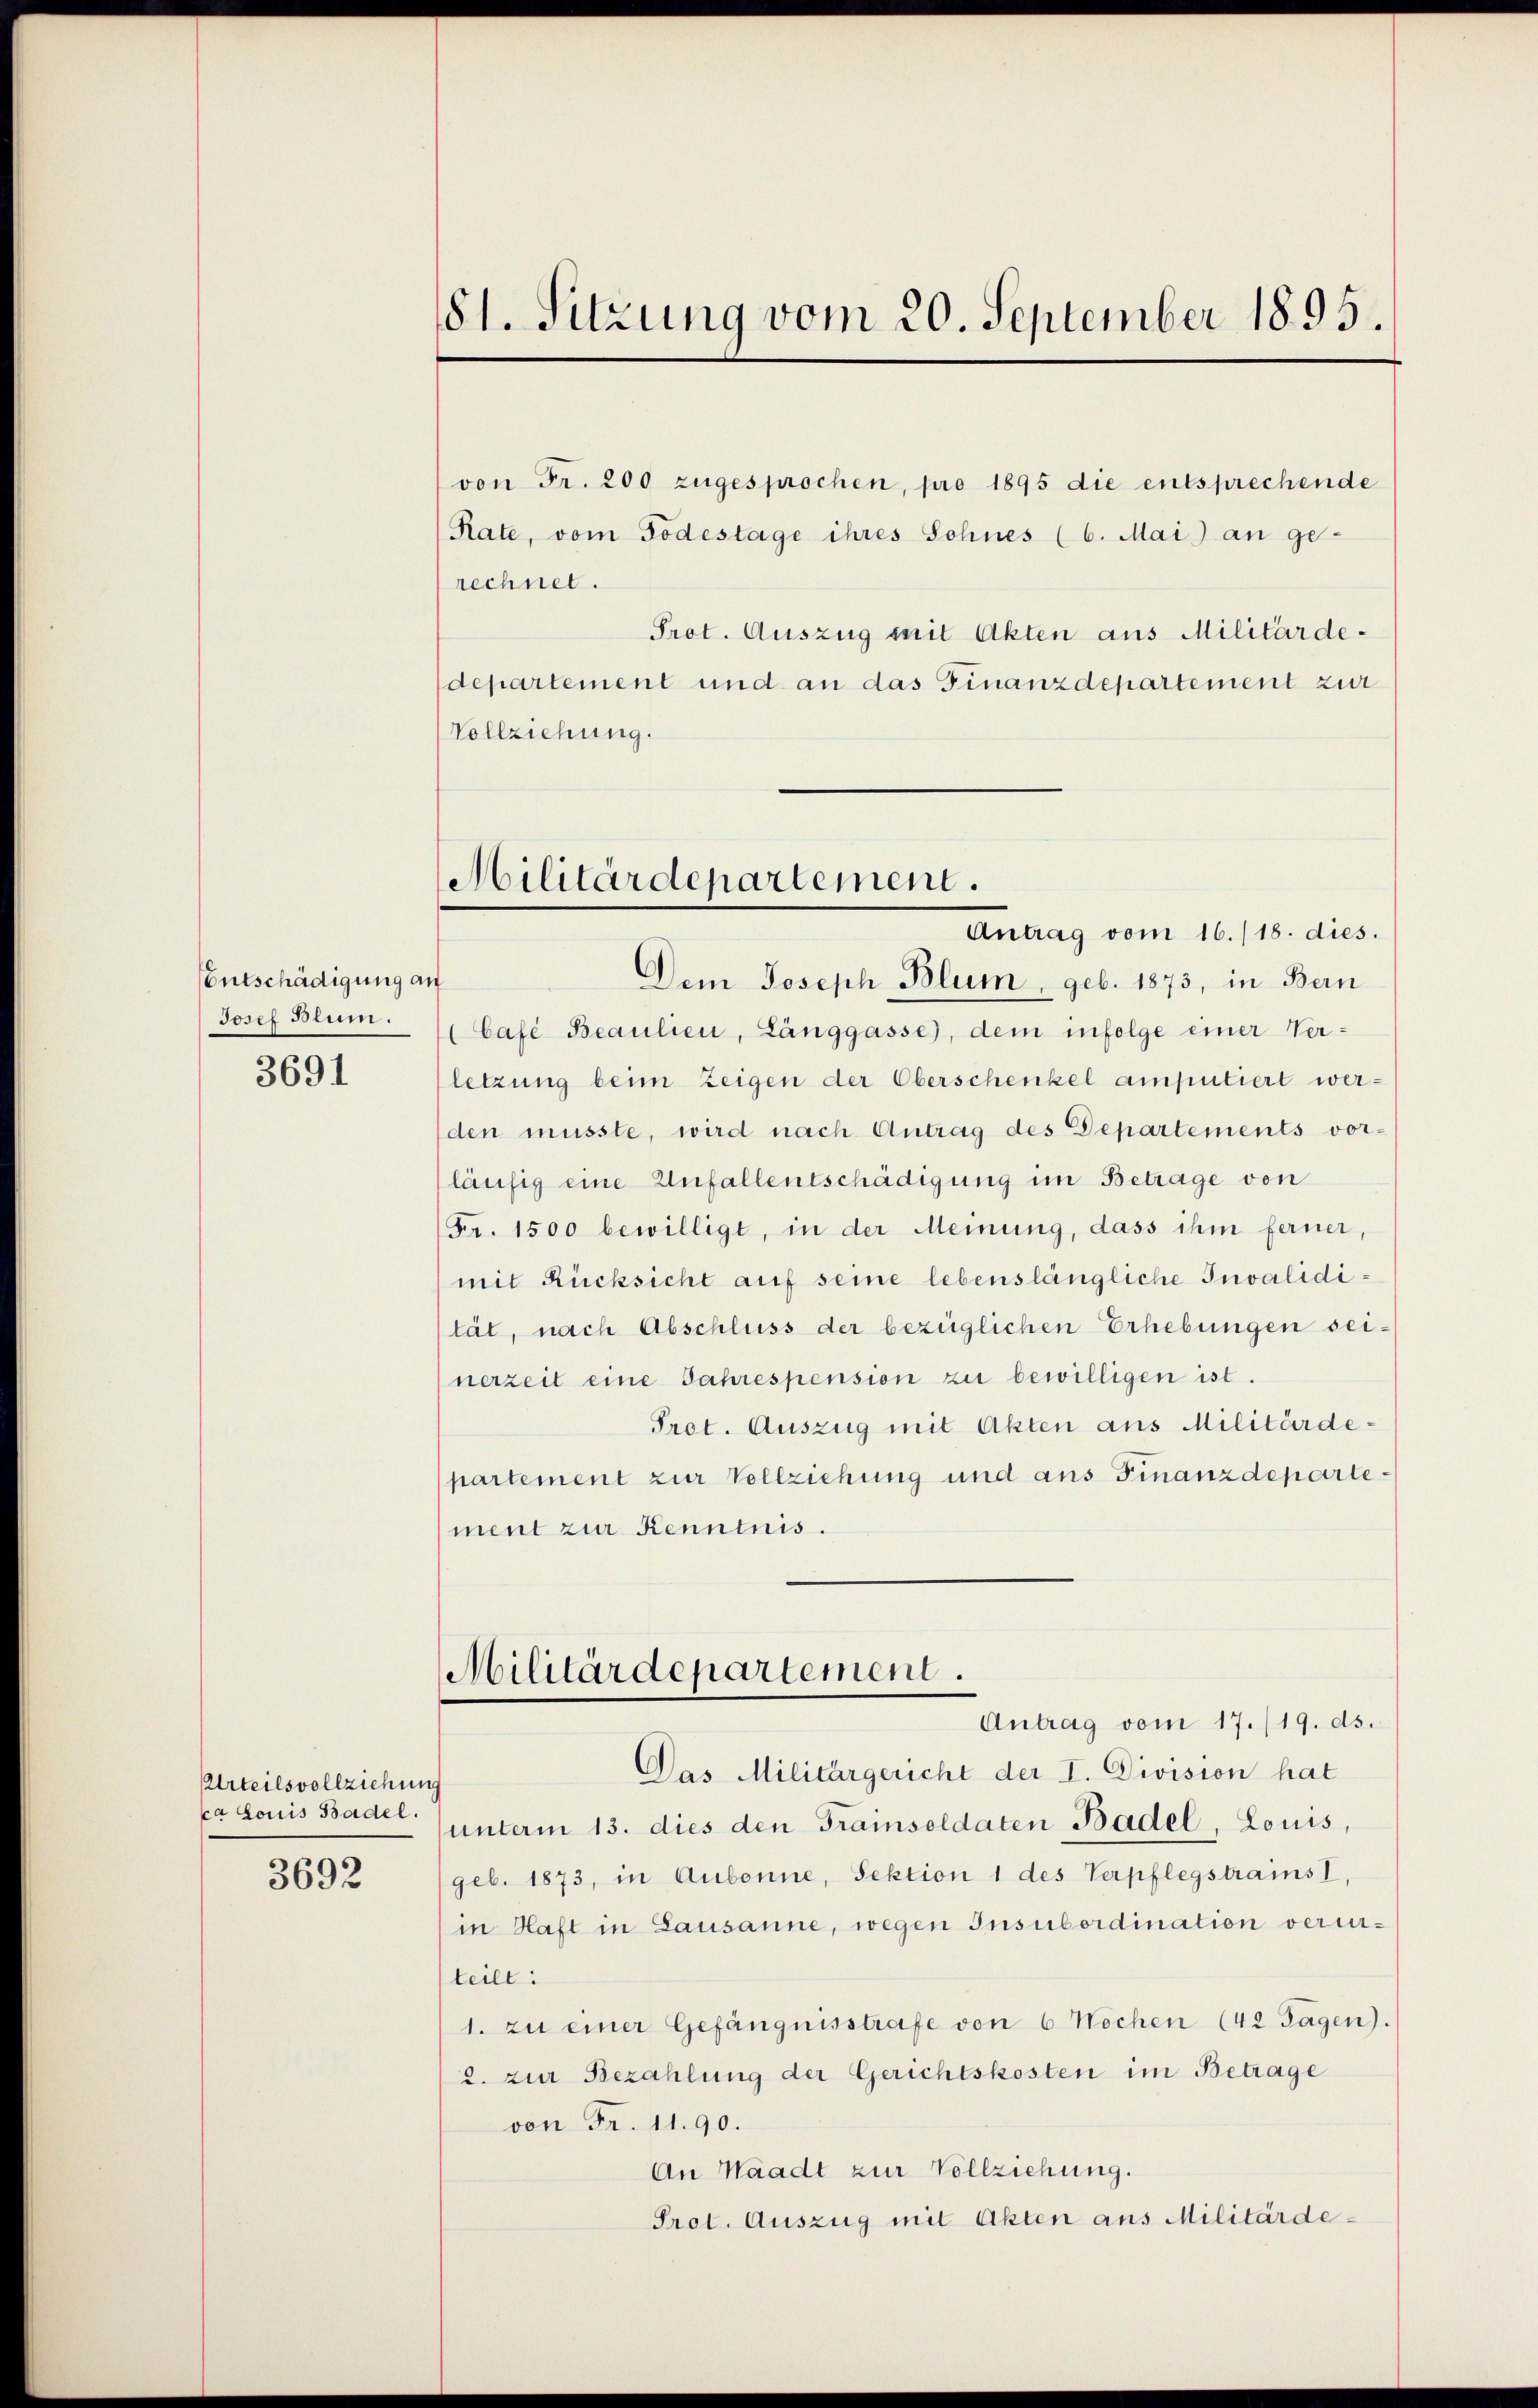
Entschädigung an
Josef Blum.
3691

Urteilsvollziehung
ca Louis Basel.

3692

81. Sitzung vom 20. September 1895.

von Fr. 200 zugesprochen, pro 1895 die entsprechende
Rate, vom Todestage ihres Sohnes (6. Mai an ge-
rechnet.
Prot. Auszug mit Akten aus Militärdedepartement und an das Finanzdepartement zur
Vollziehung.

Militärdepartement.

Antrag vom 16./18. dies.
Dem Joseph Blum, geb. 1873, in Bern
Café Beaulien, Länggasse), dem infolge einer Ver-
letzung beim Zeigen der Oberschenkel amputiert werden müsste, wird nach Antrag des Departements vor-
läufig eine Unfallentschädigung im Betrage von
Fr. 1500 bewilligt, in der Meinung, dass ihm ferner,
mit Rücksicht auf seine lebenslängliche Invalidität, nach Abschluss der bezüglichen Erhebungen seinerzeit eine Jahrespension zu bewilligen ist.
Prot. Auszug mit Akten aus Militärdepartement zur Vollziehung und ans Finanzdepartement zur Kenntnis.
Militärdepartement.
Antrag vom 17./19. ds.
Das Militärgericht der I. Division hat
unterm 13. dies den Trainsoldaten Basel, Louis,
geb. 1873, in Aubonne, Sektion 1 des Verpflegstrams I,
in Haft in Lausanne, wegen Insubordination verurteilt:
1. zu einer Gefängnisstrafe von 6 Wochen (42 Tagen).
2. zur Bezahlung der Gerichtskosten im Betrage
von Fr. 11. 90.
An Waadt zur Vollziehung.
Prot. Auszug mit Akten aus Militärde¬